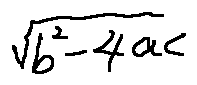
\sqrt { b ^ { 2 } - 4 a c }